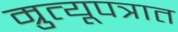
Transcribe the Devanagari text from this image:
म्रुत्यूपत्रात